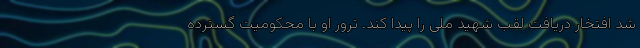
شد افتخار دریافت لقب شهید ملی را پیدا کند. ترور او با محکومیت گسترده